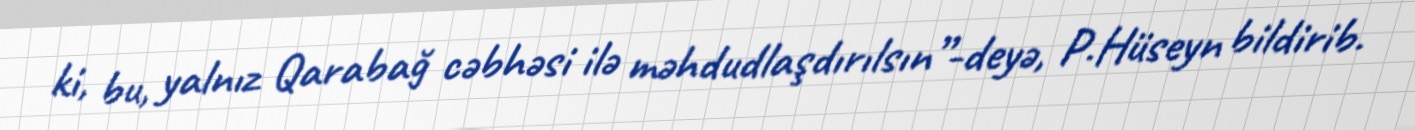
ki, bu, yalnız Qarabağ cəbhəsi ilə məhdudlaşdırılsın”-deyə, P.Hüseyn bildirib.